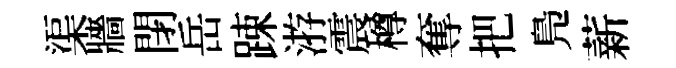
渠牆閉岳踈㳺震樽奪把鳬薪